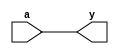
module santh_transmission(y,a);
	output y;
	input a;
	
	assign y=a;
	
endmodule